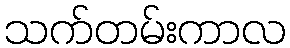
သက်တမ်းကာလ